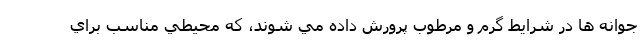
جوانه ها در شرايط گرم و مرطوب پرورش داده مي شوند، كه محيطي مناسب براي